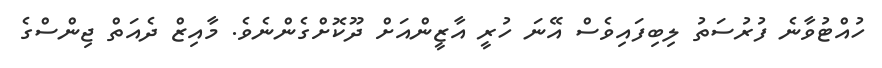
ހުއްޓުވާނެ ފުރުސަތު ލިބިފައިވެސް އޭނަ ހުރީ އާޒީންއަށް ދޫކޮށްގެންނެވެ. މާއިޒް ދެއަތް ޖިންސްގެ